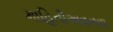
માહિતીઅવનવા